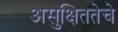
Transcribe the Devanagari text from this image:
असुक्षिततेचे